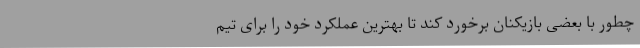
چطور با بعضی بازیکنان برخورد کند تا بهترین عملکرد خود را برای تیم